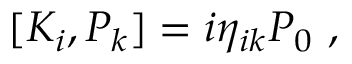
[ K _ { i } , P _ { k } ] = i \eta _ { i k } P _ { 0 } ~ ,